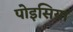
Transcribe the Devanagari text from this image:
पोइसिया